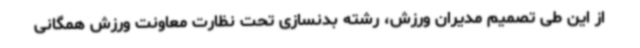
از این طی تصمیم مدیران ورزش، رشته بدنسازی تحت نظارت معاونت ورزش همگانی